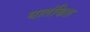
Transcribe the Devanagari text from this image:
घातंकित